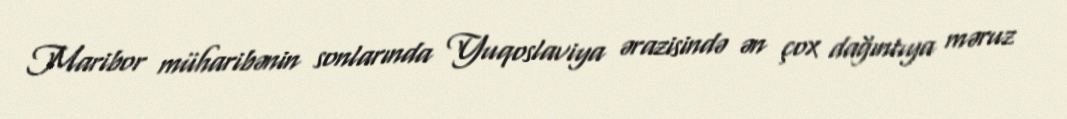
Maribor müharibənin sonlarında Yuqoslaviya ərazisində ən çox dağıntıya məruz